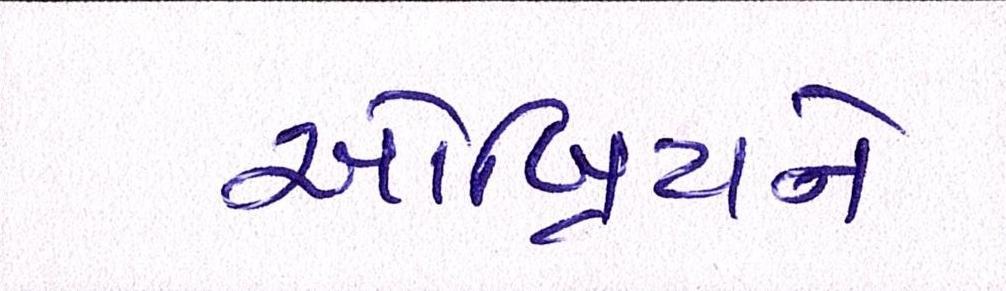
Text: ઓબ્રિયને